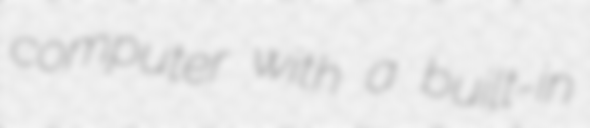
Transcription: computer with a built-in